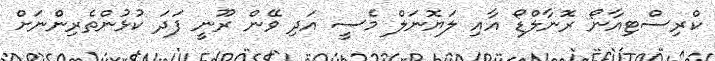
ކްރިސްޓިއާނޯ ރޮނާލްޑޯ އާއި ލަޔޮނަލް މެސީ އަދި ވޭން ރޫނީ ފަދަ ކުޅުންތެރިންނަށް